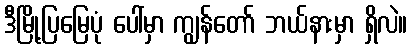
ဒီမြို့ပြမြေပုံ ပေါ်မှာ ကျွန်တော် ဘယ်နားမှာ ရှိလဲ။